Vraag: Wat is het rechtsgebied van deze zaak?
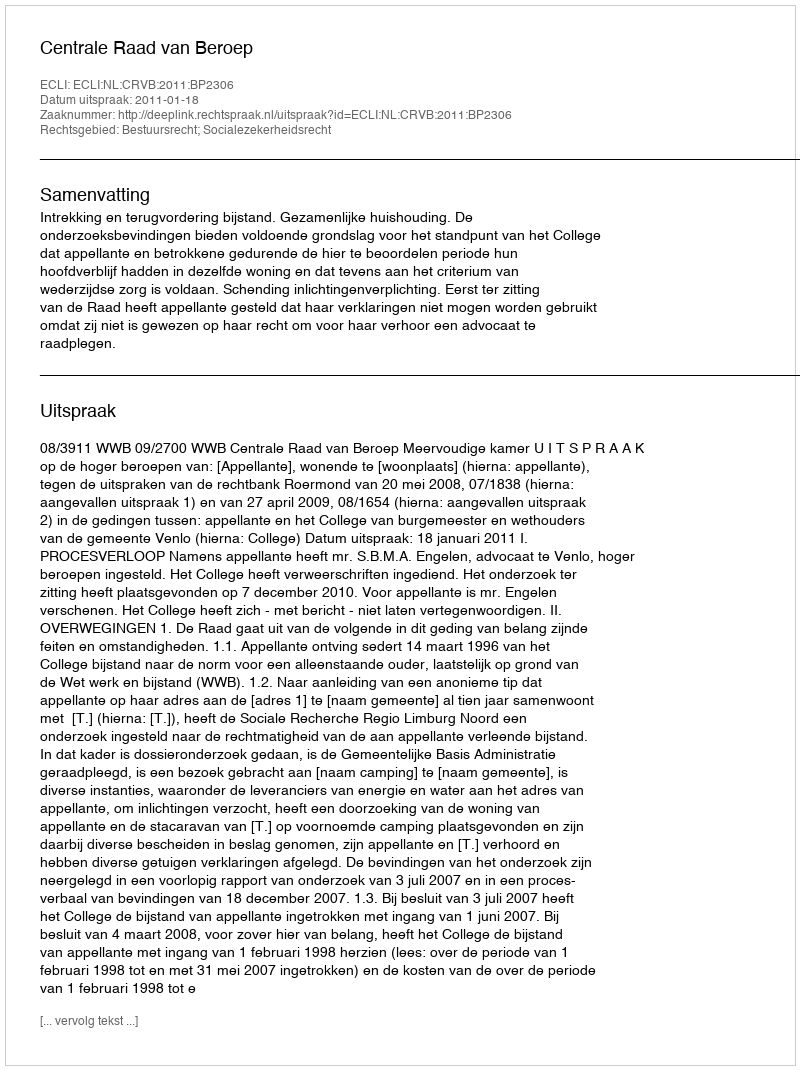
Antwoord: Bestuursrecht; Socialezekerheidsrecht